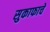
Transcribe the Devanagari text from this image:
सुकाफाचे